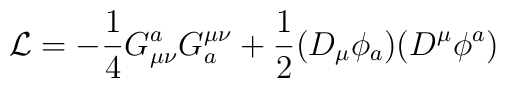
{\cal L} = -{ 1\over 4} G_{\mu \nu} ^a G^{\mu \nu} _a +{1 \over 2} (D_{\mu} \phi _a ) (D^{\mu} \phi ^a )